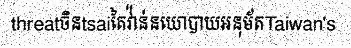
threatចិនtsaiតៃវ៉ាន់នយោបាយអនុម័តTaiwan's